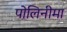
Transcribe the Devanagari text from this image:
पोलिनीमा